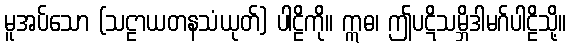
မူအပ်သော (သဠာယတနသံယုတ်) ပါဠိကို။ ဣဓ၊ ဤပဋိသမ္ဘိဒါမဂ်ပါဠိသို့။